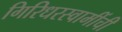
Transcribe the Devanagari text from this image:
गिरिधरस्वामींची